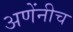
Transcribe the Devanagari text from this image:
अणेंनीच